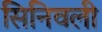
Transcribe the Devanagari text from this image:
सिनिवली